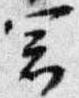
冠